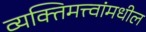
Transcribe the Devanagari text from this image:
व्यक्तिमत्त्वांमधील